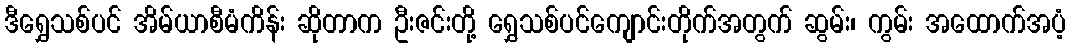
ဒီရွှေသစ်ပင် အိမ်ယာစီမံကိန်း ဆိုတာက ဦးဇင်းတို့ ရွှေသစ်ပင်ကျောင်းတိုက်အတွက် ဆွမ်း၊ ကွမ်း အထောက်အပံ့